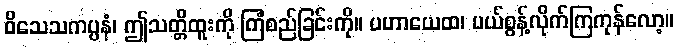
ဝိသေသကပ္ပနံ၊ ဤသတ္တိထူးကို ကြံစည်ခြင်းကို။ ပဟာယေထ၊ ပယ်စွန့်လိုက်ကြကုန်လော့။